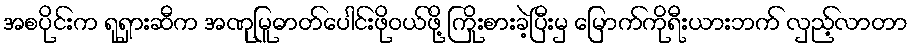
အစပိုင်းက ရုရှားဆီက အဏုမြူဓာတ်ပေါင်းဖိုဝယ်ဖို့ ကြိုးစားခဲ့ပြီးမှ မြောက်ကိုရီးယားဘက် လှည့်လာတာ